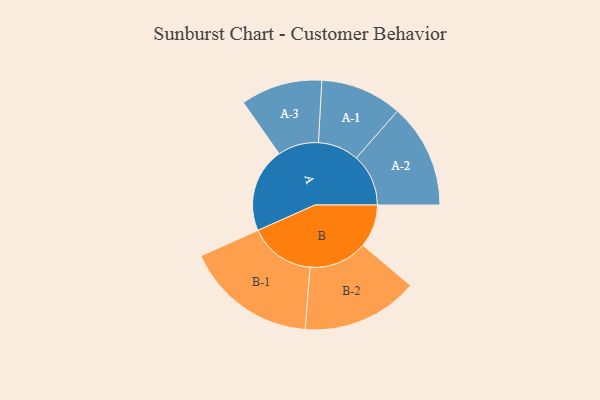
{"axis": {"x": "Segment", "y": "Value"}, "legend": ["", "A", "B"], "data": [{"x": "A", "y": 321, "type": ""}, {"x": "B", "y": 163, "type": ""}, {"x": "A-1", "y": 155, "type": "A"}, {"x": "A-2", "y": 198, "type": "A"}, {"x": "A-3", "y": 155, "type": "A"}, {"x": "B-1", "y": 250, "type": "B"}, {"x": "B-2", "y": 221, "type": "B"}]}